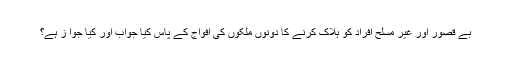
بے قصور اور غیر مسلح افراد کو ہلاک کرنے کا دونوں ملکوں کی افواج کے پاس کیا جواب اور کیا جوا ز ہے؟